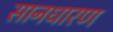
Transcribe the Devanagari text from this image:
सानधारण